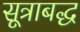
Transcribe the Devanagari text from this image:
सूत्राबद्ध